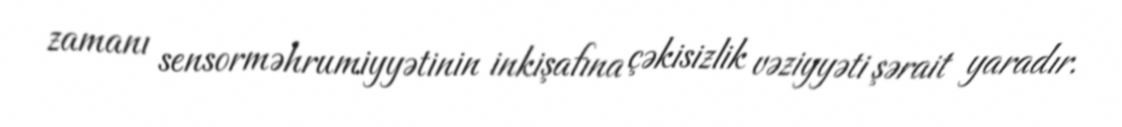
zamanı sensorməhrumiyyətinin inkişafına çəkisizlik vəziyyəti şərait yaradır.